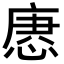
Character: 𢞢